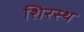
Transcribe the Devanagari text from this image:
शिरस्थ